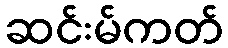
ဆင်းမ်ကတ်